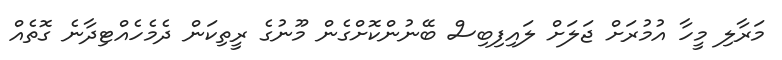
މަރާލި މީހާ އުމުރަށް ޖަލަށް ލައިފިބިސް ބޭނުންކޮށްގެން މޫނުގެ ރީތިކަން ދެމެހެއްޓިދާނެ ގޮތެއް